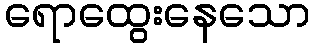
ရောထွေးနေသော